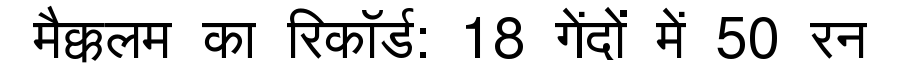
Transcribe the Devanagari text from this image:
मैक्कलम का रिकॉर्ड: 18 गेंदों में 50 रन